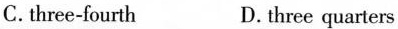
C. three-fourth D.three quarters